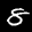
Label: 8